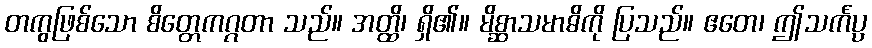
တကွဖြစ်သော စိတ္တေကဂ္ဂတာ သည်။ အတ္ထိ၊ ရှိ၏။ မိစ္ဆာသမာဓိကို ပြသည်။ ဧတေ၊ ဤသင်္ကပ္ပ